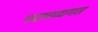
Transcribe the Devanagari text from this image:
पदमध्यगत